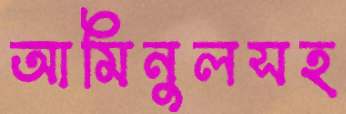
আমিনুলসহ